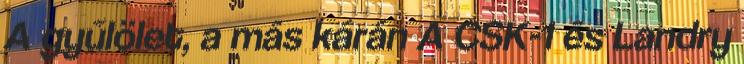
A gyűlölet, a más kárán A CSK-1 és Landry